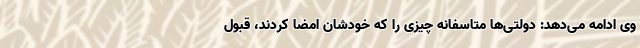
وی ادامه می‌دهد: دولتی‌ها متاسفانه چیزی را که خودشان امضا کردند، قبول